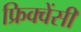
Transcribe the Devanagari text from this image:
फ्रिक्‍वेंसी